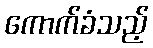
ကောက်ခံသည့်